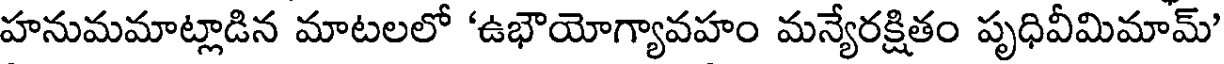
హనుమమాట్లాడిన మాటలలో 'ఉభౌయోగ్యావహం మన్యేరక్షితం పృధివీమిమామ్